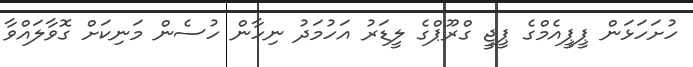
ހުށަހަޅަން ޕީޕީއެމްގެ ޕީޖީ ގްރޫޕްގެ ލީޑަރު އަހުމަދު ނިހާން ހުސެން މަނިކަށް ގޮވާލައްވާ